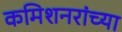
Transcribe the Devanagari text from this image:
कमिशनरांच्या